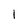
Character: l